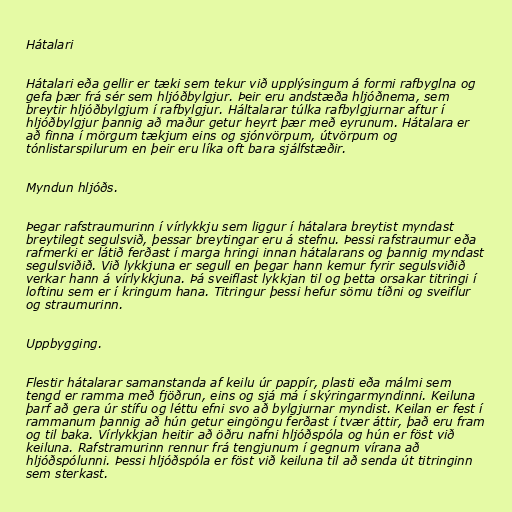
Hátalari

Hátalari eða gellir er tæki sem tekur við upplýsingum á formi rafbyglna og
gefa þær frá sér sem hljóðbylgjur. Þeir eru andstæða hljóðnema, sem
breytir hljóðbylgjum í rafbylgjur. Háltalarar túlka rafbylgjurnar aftur í
hljóðbylgjur þannig að maður getur heyrt þær með eyrunum. Hátalara er
að finna í mörgum tækjum eins og sjónvörpum, útvörpum og
tónlistarspilurum en þeir eru líka oft bara sjálfstæðir.

Myndun hljóðs.

Þegar rafstraumurinn í vírlykkju sem liggur í hátalara breytist myndast
breytilegt segulsvið, þessar breytingar eru á stefnu. Þessi rafstraumur eða
rafmerki er látið ferðast í marga hringi innan hátalarans og þannig myndast
segulsviðið. Við lykkjuna er segull en þegar hann kemur fyrir segulsviðið
verkar hann á vírlykkjuna. Þá sveiflast lykkjan til og þetta orsakar titringi í
loftinu sem er í kringum hana. Titringur þessi hefur sömu tíðni og sveiflur
og straumurinn.

Uppbygging.

Flestir hátalarar samanstanda af keilu úr pappír, plasti eða málmi sem
tengd er ramma með fjöðrun, eins og sjá má í skýringarmyndinni. Keiluna
þarf að gera úr stífu og léttu efni svo að bylgjurnar myndist. Keilan er fest í
rammanum þannig að hún getur eingöngu ferðast í tvær áttir, það eru fram
og til baka. Vírlykkjan heitir að öðru nafni hljóðspóla og hún er föst við
keiluna. Rafstramurinn rennur frá tengjunum í gegnum vírana að
hljóðspólunni. Þessi hljóðspóla er föst við keiluna til að senda út titringinn
sem sterkast.